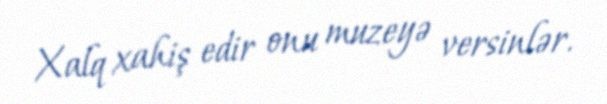
Xalq xahiş edir onu muzeyə versinlər.